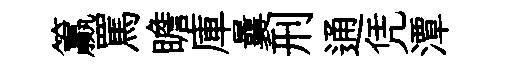
籯罵瞻庫曩刑通凭潭